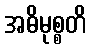
အဓိမုစ္စတိ